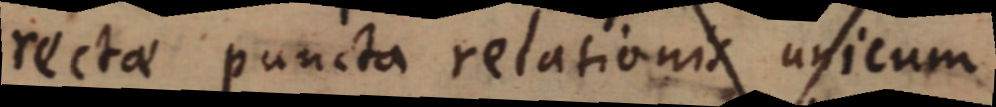
rectae puncta relationis unicum